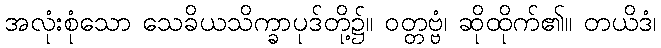
အလုံးစုံသော သေခိယသိက္ခာပုဒ်တို့၌။ ဝတ္တဗ္ဗံ၊ ဆိုထိုက်၏။ တယိဒံ၊